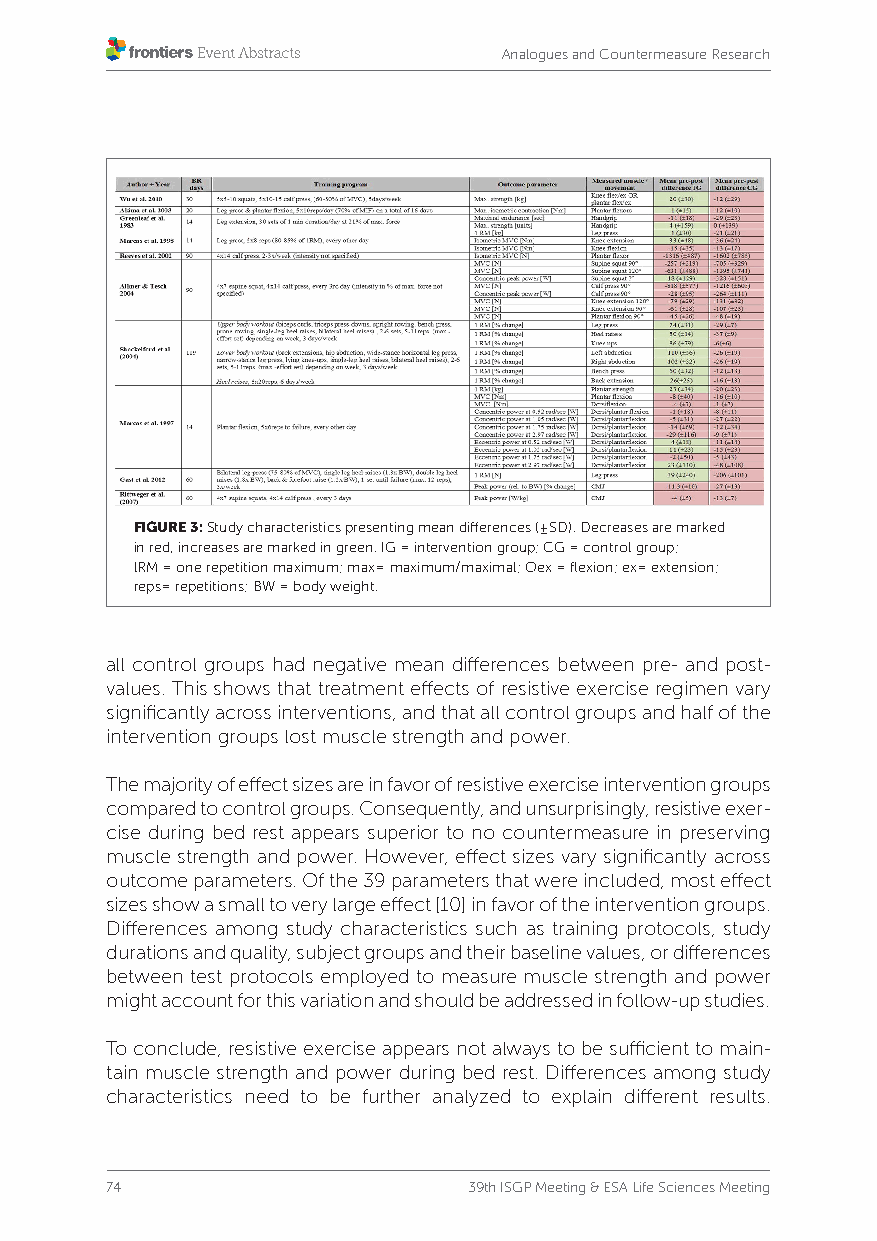
Analogues and Countermeasure Research
 FIGURE 3: Study characteristics presenting mean differences (±SD). Decreases are marked
 in red, increases are marked in green. IG = intervention group; CG = control group;
 lRM = one repetition maximum; max= maximum/maximal; Oex = flexion; ex= extension;
 reps= repetitions; BW = body weight.
 all control groups had negative mean differences between pre- and post-
 values. This shows that treatment effects of resistive exercise regimen vary
 significantly across interventions, and that all control groups and half of the
 intervention groups lost muscle strength and power.
 The majority of effect sizes are in favor of resistive exercise intervention groups
 compared to control groups. Consequently, and unsurprisingly, resistive exer-
 cise during bed rest appears superior to no countermeasure in preserving
 muscle strength and power. However, effect sizes vary significantly across
 outcome parameters. Of the 39 parameters that were included, most effect
 sizes show a small to very large effect [10] in favor of the intervention groups.
 Differences among study characteristics such as training protocols, study
 durations and quality, subject groups and their baseline values, or differences
 between test protocols employed to measure muscle strength and power
 might account for this variation and should be addressed in follow-up studies.
 To conclude, resistive exercise appears not always to be sufficient to main-
 tain muscle strength and power during bed rest. Differences among study
 characteristics need to be further analyzed to explain different results.
 74                      39th ISGP Meeting & ESA Life Sciences Meeting